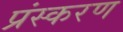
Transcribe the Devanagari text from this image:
प्रंस्करण